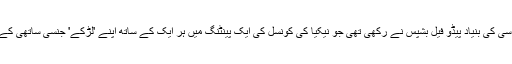
حقائق یہ ہیں کہ آر سی سی کی بنیاد پیڈو فیل بشپس نے رکھی تھی جو نیکیا کی کونسل کی ایک پینٹنگ میں ہر ایک کے ساتھ اپنے 'لڑکے' جنسی ساتھی کے ساتھ دکھائی دیتے ہیں۔